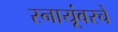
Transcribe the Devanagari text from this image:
स्नायूंवरचे